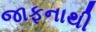
જાફનાથી